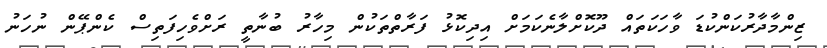
ޒިންމާދާރުކަންކުޑަ ވާހަކަތައް ދޫކޮށްލާނެކަމަށް އިދިކޮޅު ފަރާތްތަކުން މިހާރު ބުނާތީ ރަށްވެހިފަތިސް ކެންޕޭން ނުހަނު